Annual report of the Imperial Bacteriological Laboratory, Muktesar
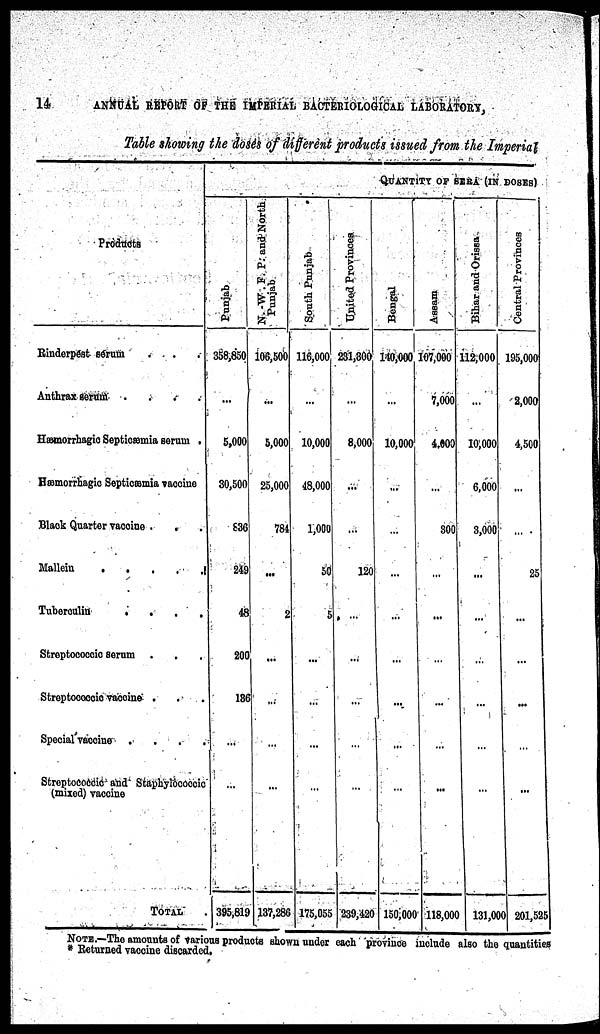
14
ANNUAL REPORT OF THE IMPERIAL BACTERIOLOGICAL LABORATORY,
Table showing the doses of different products issued from the Imperial
Products
Rinderpest serum . . .
Anthrax serum .
.
.
.
Hæmorrhagic Septicæmia serum .
Hæmorrhagic Septicæmia vaccine
Black Quarter vaccine .
. .
Mallein . . . . .
Tuberculin
.
.
.
.
Streptococcic serum . . .
Streptococcic vaccine . . .
Special vaccine . . . .
Streptococcic and Staphylococcic
(mixed) vaccine
TOTAL
QUANTITY OF SERA (IN DOSES)
Punjab
358,850
...
5,000
30,500
836
249
48
200
186
...
...
395,819
N.-W. F. P. and North
Punjab
106,500
...
5,000
25,000
784
...
2
...
...
...
...
137,286
South Punjab
116,000
...
10,000
48,000
1,000
50
5
...
...
...
...
175,055
United Pr ovi nc e s
231,300
...
8,000
...
...
120
...
...
...
...
...
239,420
Bengal
140,000
...
10,000
...
...
...
...
...
...
...
...
150,000
As s
a m
107,000
7,000
4,000
...
300
...
...
...
...
...
...
118,000
Bihar and Or i
s s a
112,000
...
10,000
6,000
3,000
...
...
...
...
...
...
131,000
Central Provinces
195,000
2,000
4,500
...
...
25
...
...
...
...
...
201,525
NOTE.—The amounts of various products shown under each province include also the quantities
* Returned vaccine discarded.